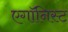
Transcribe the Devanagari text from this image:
एगॉनिस्ट